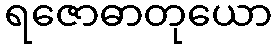
ရဇောဓာတုယော